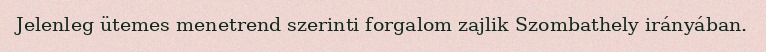
Jelenleg ütemes menetrend szerinti forgalom zajlik Szombathely irányában.